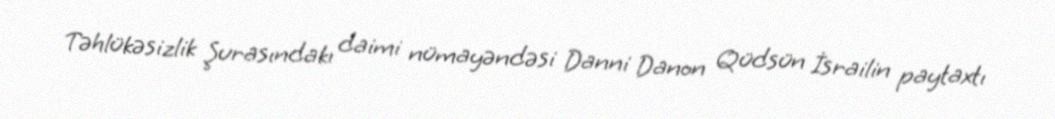
Təhlükəsizlik Şurasındakı daimi nümayəndəsi Danni Danon Qüdsün İsrailin paytaxtı